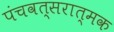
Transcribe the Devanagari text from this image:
पंचवत्सरात्मक